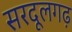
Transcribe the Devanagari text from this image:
सरदूलगढ़